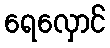
ရေလှောင်